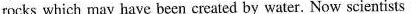
rocks which may have been created by water. Now scientists